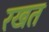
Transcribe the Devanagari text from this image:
रखत